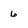
Character: 6